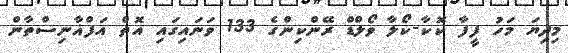
މިދިޔަ މަހު ފީފާ ކޮކާ-ކޯލާ ވޯލްޑް ރޭންކިންގެ 133 ވަނައިގައި އޮތް އަފްޣާނިސްތާން